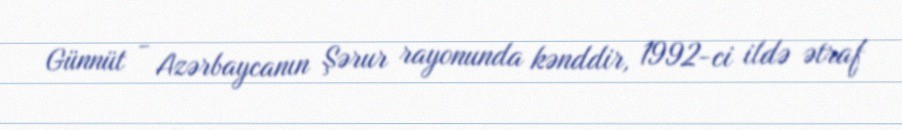
Günnüt - Azərbaycanın Şərur rayonunda kənddir, 1992-ci ildə ətraf